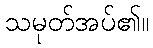
သမုတ်အပ်၏။